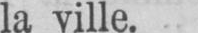
la ville.